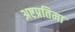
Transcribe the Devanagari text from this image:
अष्टप्रतिमा